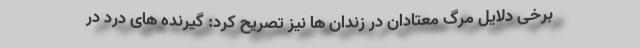
برخی دلایل مرگ معتادان در زندان ها نیز تصریح کرد: گیرنده های درد در